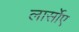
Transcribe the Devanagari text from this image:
लार्सोए